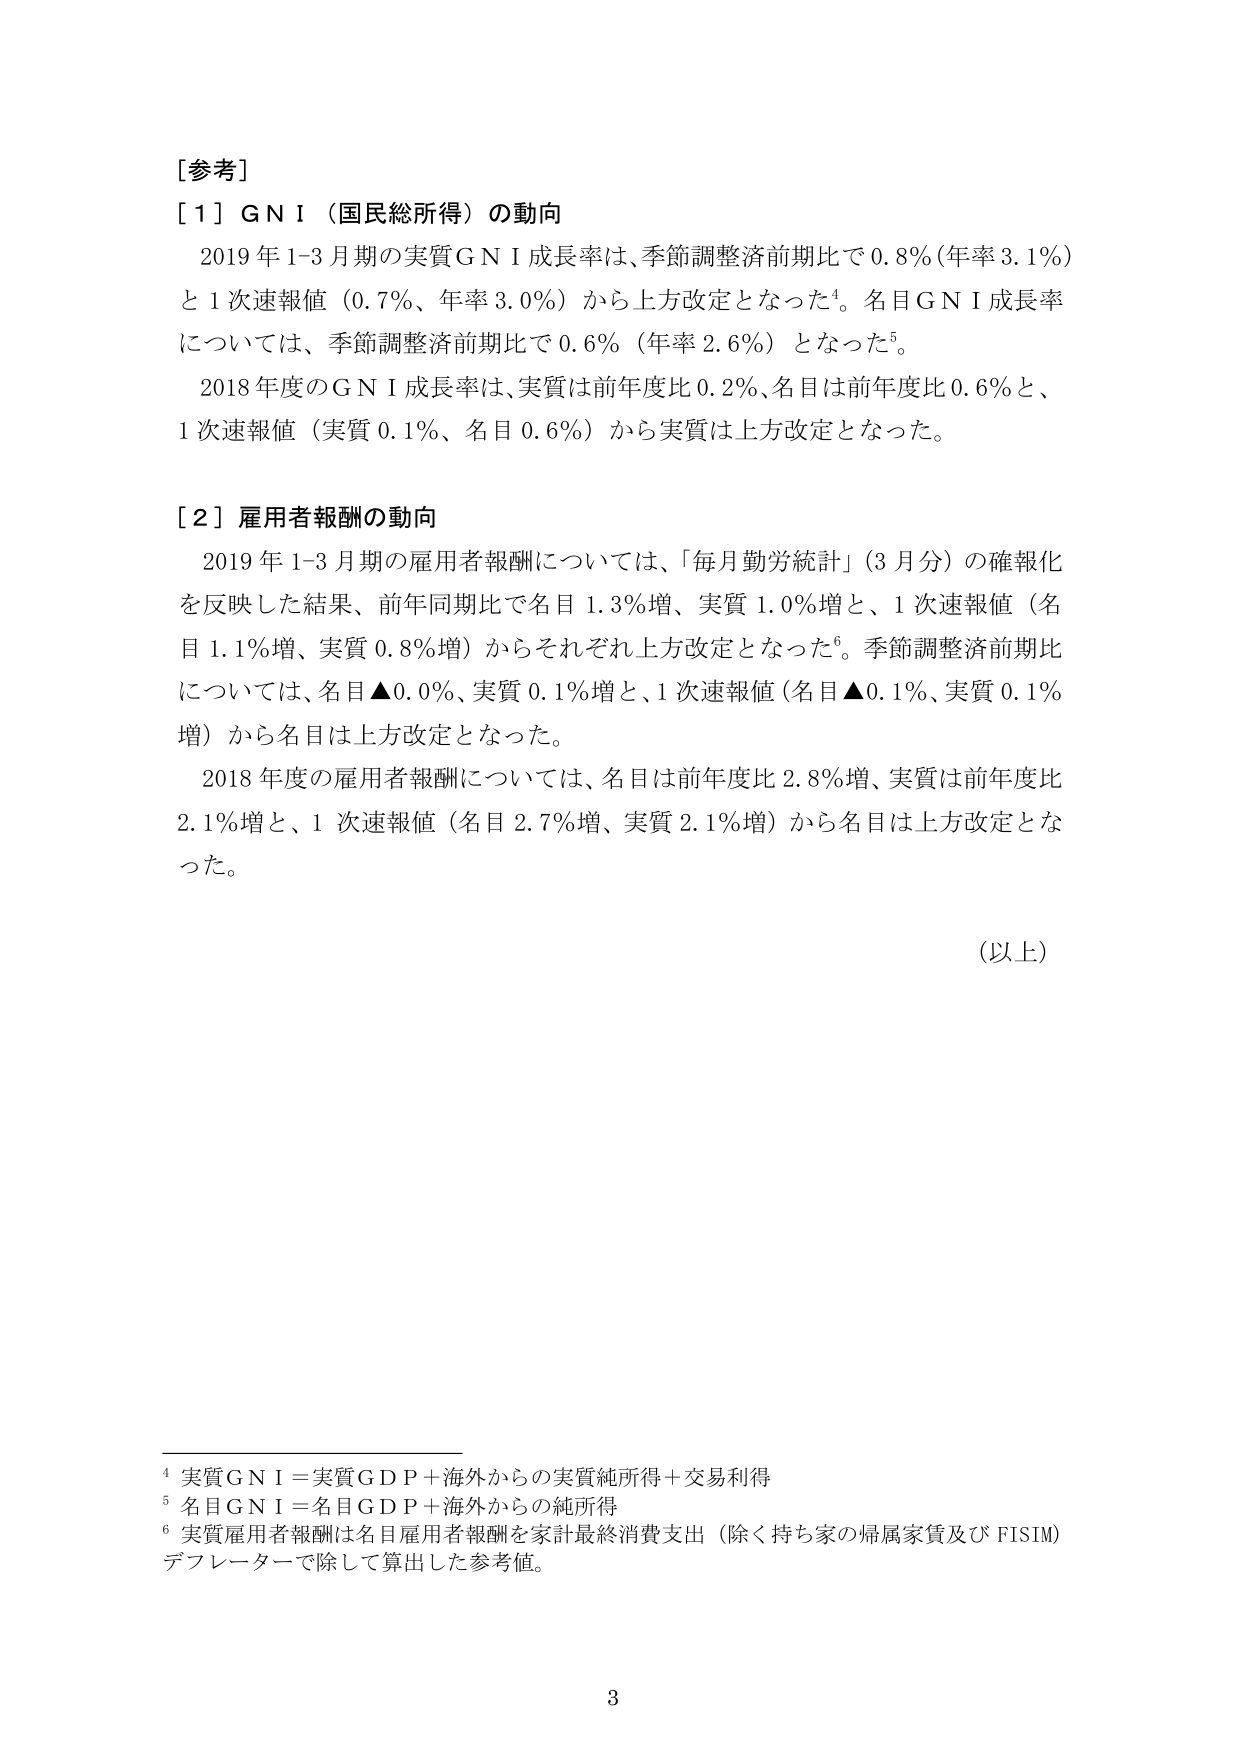
[参考]

[1] GNI（国民総所得）の動向
　2019年1-3月期の実質GNI成長率は、季節調整済前期比で0.8％（年率3.1％）と1次速報値（0.7％、年率3.0％）から上方改定となった⁴。名目GNI成長率については、季節調整済前期比で0.6％（年率2.6％）となった⁵。
　2018年度のGNI成長率は、実質は前年度比0.2％、名目は前年度比0.6％と、1次速報値（実質0.1％、名目0.6％）から実質は上方改定となった。

[2] 雇用者報酬の動向
　2019年1-3月期の雇用者報酬については、「毎月勤労統計」（3月分）の確報化を反映した結果、前年同期比で名目1.3％増、実質1.0％増と、1次速報値（名目1.1％増、実質0.8％増）からそれぞれ上方改定となった⁶。季節調整済前期比については、名目▲0.0％、実質0.1％増と、1次速報値（名目▲0.1％、実質0.1％増）から名目は上方改定となった。
　2018年度の雇用者報酬については、名目は前年度比2.8％増、実質は前年度比2.1％増と、1次速報値（名目2.7％増、実質2.1％増）から名目は上方改定となった。

（以上）

⁴ 実質GNI＝実質GDP＋海外からの実質純所得＋交易利得
⁵ 名目GNI＝名目GDP＋海外からの純所得
⁶ 実質雇用者報酬は名目雇用者報酬を家計最終消費支出（除く持ち家の帰属家賃及びFISIM）デフレーターで除して算出した参考値。

3